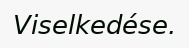
Viselkedése.